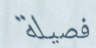
فصيلة